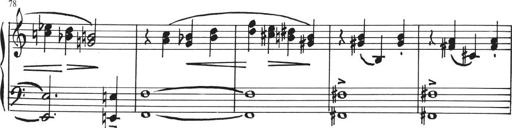
Title: Sonatina in E major
Composer: Paul von Klenau
Key: E major